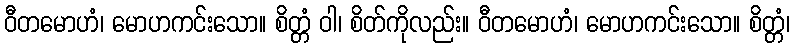
ဝီတမောဟံ၊ မောဟကင်းသော။ စိတ္တံ ဝါ၊ စိတ်ကိုလည်း။ ဝီတမောဟံ၊ မောဟကင်းသော။ စိတ္တံ၊